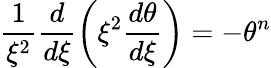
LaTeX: \frac{1}{\xi^{2}}\frac{d}{d\xi}\left(\xi^{2}\frac{d\theta}{d\xi}\right)=-\theta^{n}